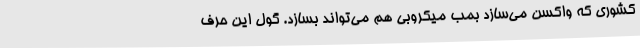
کشوری که واکسن می‌سازد بمب میکروبی هم می‌تواند بسازد. گول این حرف